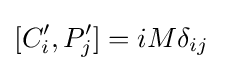
[C'_{i},P'_{j}]=iM\delta _{ij}~